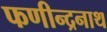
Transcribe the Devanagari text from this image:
फणीन्द्रनाथ